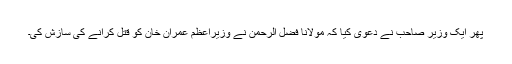
پھر ایک وزیر صاحب نے دعویٰ کیا کہ مولانا فضل الرحمٰن نے وزیراعظم عمران خان کو قتل کرانے کی سازش کی۔